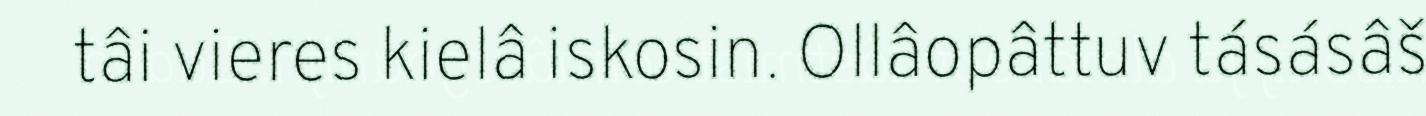
tâi vieres kielâ iskosin. Ollâopâttuv tásásâš